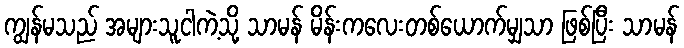
ကျွန်မသည် အများသူငါကဲ့သို့ သာမန် မိန်းကလေးတစ်ယောက်မျှသာ ဖြစ်ပြီး သာမန်